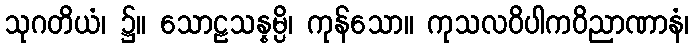
သုဂတိယံ၊ ၌။ သောဠသန္နမ္ပိ၊ ကုန်သော။ ကုသလဝိပါကဝိညာဏာနံ၊